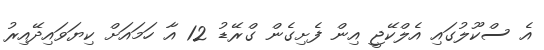
އެ ސްކޫލުގައި އެލްކޭޖީ އިން ފެށިގެން ގްރޭޑު 12 އާ ހަމައަށް ކިޔަވައިދޭއިރު